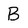
Character: B